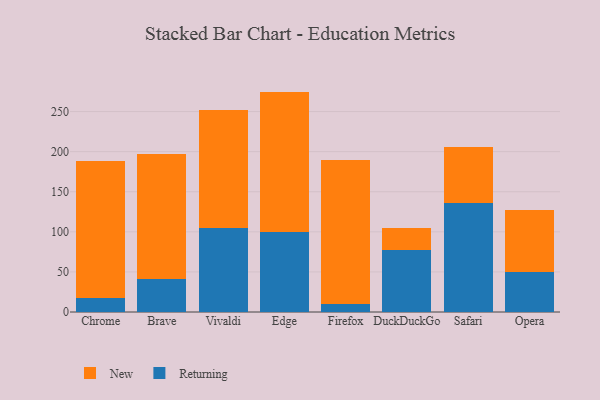
{"axis": {"x": "Browser", "y": "Waste Production (Tons)"}, "legend": ["New", "Returning"], "data": [{"x": "Chrome", "y": 17.0, "type": "Returning"}, {"x": "Chrome", "y": 171.0, "type": "New"}, {"x": "Brave", "y": 41.1, "type": "Returning"}, {"x": "Brave", "y": 155.8, "type": "New"}, {"x": "Vivaldi", "y": 104.8, "type": "Returning"}, {"x": "Vivaldi", "y": 146.8, "type": "New"}, {"x": "Edge", "y": 99.5, "type": "Returning"}, {"x": "Edge", "y": 175.4, "type": "New"}, {"x": "Firefox", "y": 10.6, "type": "Returning"}, {"x": "Firefox", "y": 178.6, "type": "New"}, {"x": "DuckDuckGo", "y": 77.4, "type": "Returning"}, {"x": "DuckDuckGo", "y": 27.4, "type": "New"}, {"x": "Safari", "y": 135.5, "type": "Returning"}, {"x": "Safari", "y": 70.6, "type": "New"}, {"x": "Opera", "y": 49.7, "type": "Returning"}, {"x": "Opera", "y": 77.3, "type": "New"}]}